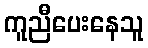
ကူညီပေးနေသူ